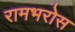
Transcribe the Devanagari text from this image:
रामभरोस